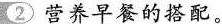
② 营养早餐的搭配。